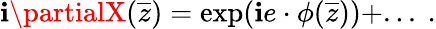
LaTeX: \mathbf{i}\partialX({\overline{{{z}}}})=\exp(\mathbf{i}e\cdot\phi({\overline{{{z}}}}))+...~.